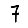
Digit: 7